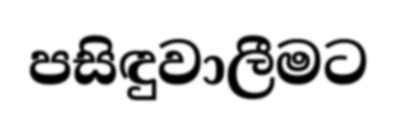
පසිඳුවාලීමට